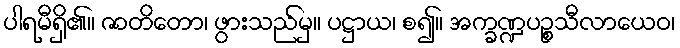
ပါရမီရှိ၏။ ဇာတိတော၊ ဖွားသည်မှ။ ပဋ္ဌာယ၊ စ၍။ အက္ခဏ္ဍပဉ္စသီလာယေဝ၊